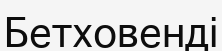
Бетховенді